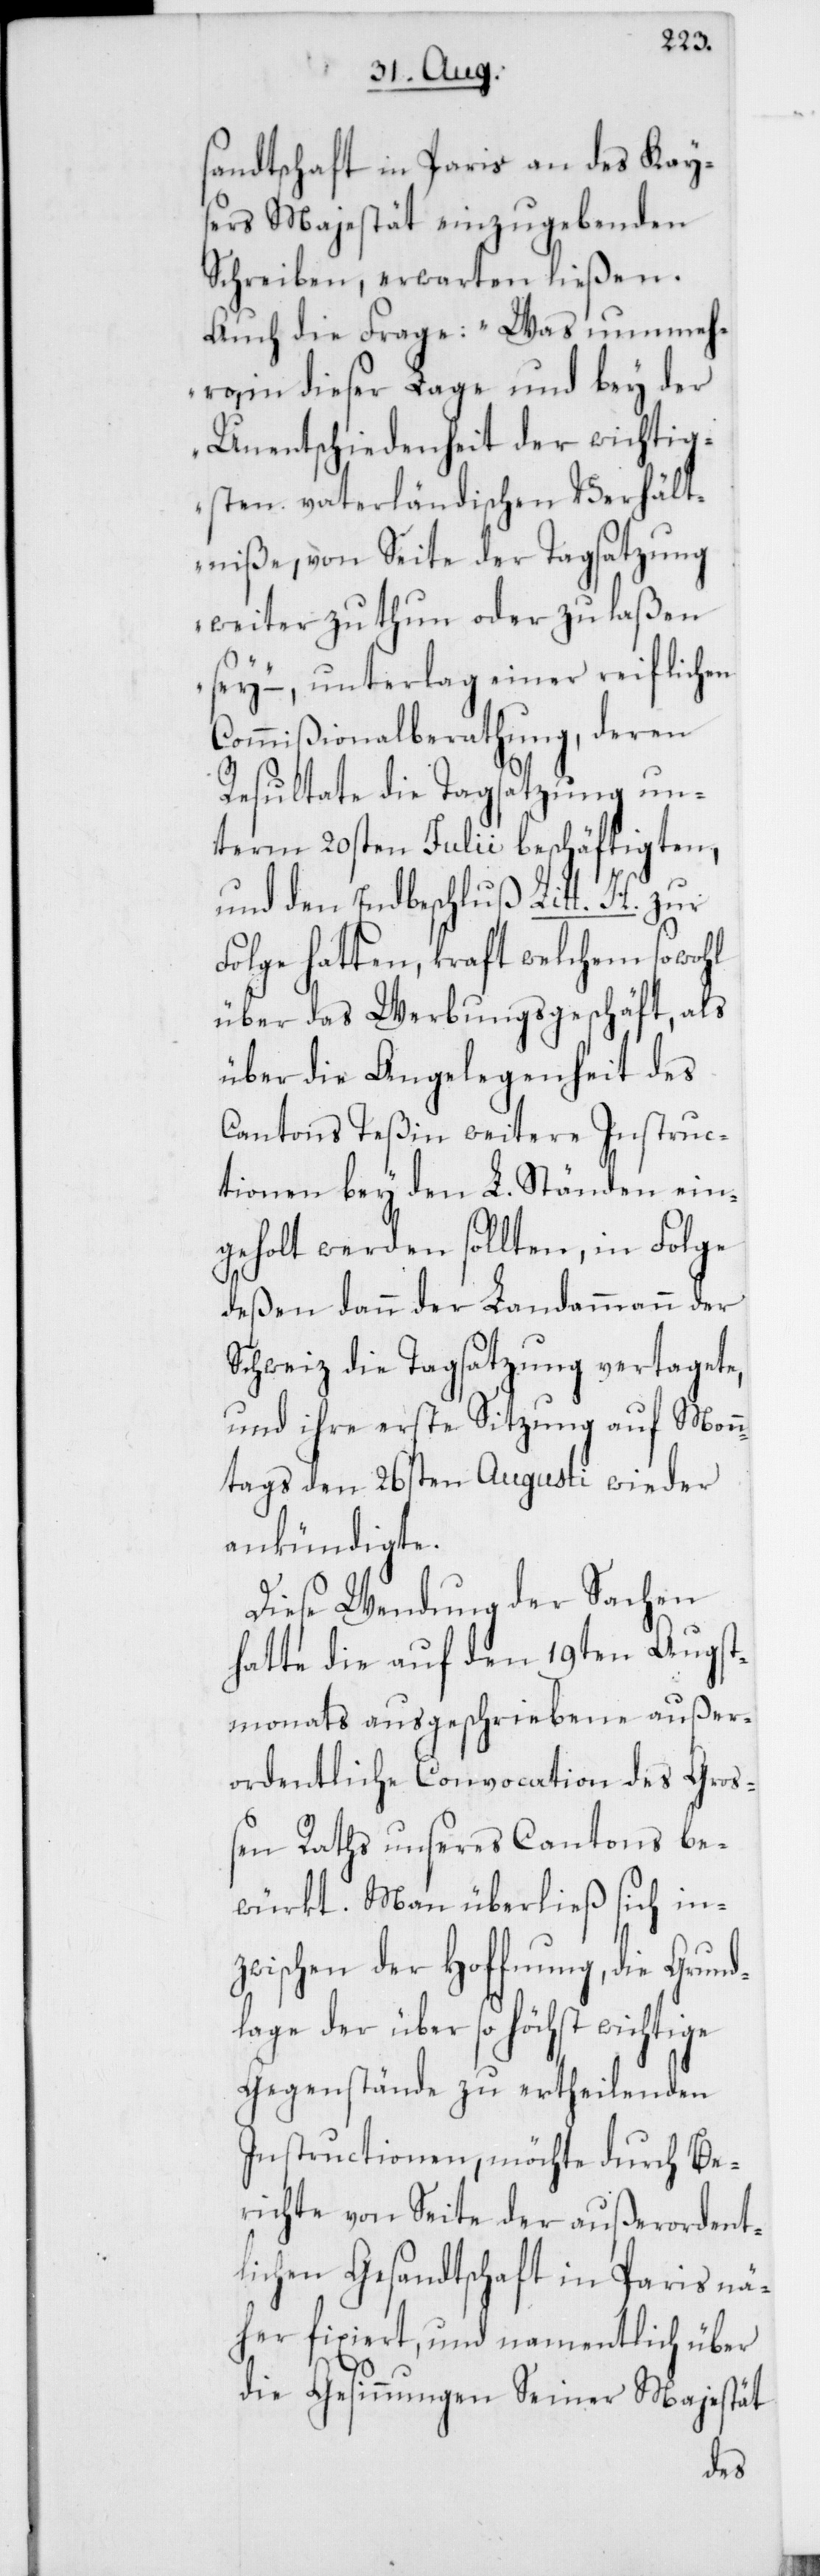
sandtschaft in Paris an des Kay¬
sers Majestät einzugebenden
Schreiben, erwarten ließen.
Auch die Frage: „Was nunmeh¬
ro, in dieser Lage und bey der
Unentschiedenheit der wichtig¬
sten vaterländischen Verhält¬
niße, von Seite der Tagsatzung
weiter zu thun oder zu laßen
sey“, – unterlag einer reiflichen
Commißionalberathung, deren
Resultate die Tagsatzung un¬
term 20sten Julii beschäftigten,
und den Endbeschluß Litt. H. zur
Folge hatten, kraft welchem sowohl
über das Werbungsgeschäft, als
über die Angelegenheit des
Cantons Teßin weitere Instruc¬
tionen bey den L. Ständen ein¬
geholt werden sollten, in Folge
deßen dann der Landammann der
Schweiz die Tagsatzung vertagete,
und ihre erste Sitzung auf Monn¬
tags den 26sten Augusti wieder
ankündigte.
Diese Wendung der Sachen
hatte die auf den 19ten Augst¬
monats ausgeschriebene außer¬
ordentliche Convocation des Groß¬
en Raths unseres Cantons be¬
würkt. Man überließ sich in¬
zwischen der Hoffnung, die Grund¬
lage der über so höchst wichtige
Gegenstände zu ertheilenden
Instructionen, möchte durch Be¬
richte von Seite der außerordent¬
lichen Gesandtschaft in Paris nä¬
her fixiert, und namentlich über
die Gesinnungen Seiner Majestät